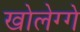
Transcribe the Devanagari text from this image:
खोलेग्गे